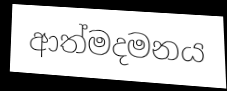
ආත්මදමනය